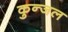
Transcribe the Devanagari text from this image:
कुन्जल